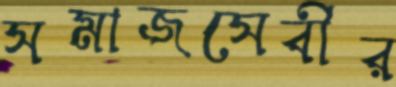
সমাজসেবীর